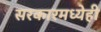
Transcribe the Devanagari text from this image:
सरकारमध्येही